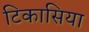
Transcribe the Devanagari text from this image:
टिकासिया